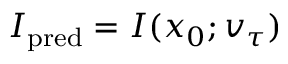
I _ { \mathrm { p r e d } } = I ( x _ { 0 } ; v _ { \tau } )